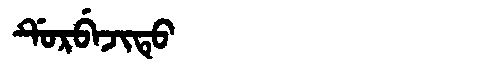
Manchu: ᡩᡠᡵᠪᡝᠵᡳᡨᡠ
Romanization: DURBEJITU